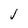
Character: J